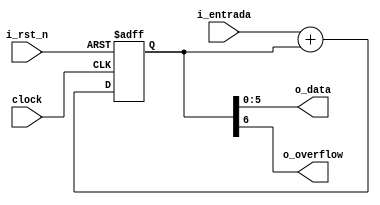
//! @title Bloque realimentacin sincronico
//! @file realimentador.v
//! @author MartinE

// Definiciones

`timescale 1ns/100ps

module realimentador (
output  [5:0]   o_data,
output          o_overflow,
input   [3:0]   i_entrada,
input           i_rst_n,
input           clock
);

reg     [6:0]   sum;

//! Este always por un lado toma el reset asincrnico
//! y por otro lado si no hay reset => el clock est activo
//! y por lo tanto hace la suma del bloque realimentacin
always @(posedge clock or negedge i_rst_n) begin
    if(!i_rst_n) begin
      //Est aplicado el reset => hay que resetear
      sum = 7'b0000000;
    end
    else begin
        //Si no est en cero el reset entonces hay que trabajar
        sum = {3'b000, i_entrada }+ sum;
    end
end

//! Se asignan los puntos a sacar por las salidas 
//! segn corresponde
assign o_overflow = sum[6];
assign o_data = sum[5:0];

endmodule